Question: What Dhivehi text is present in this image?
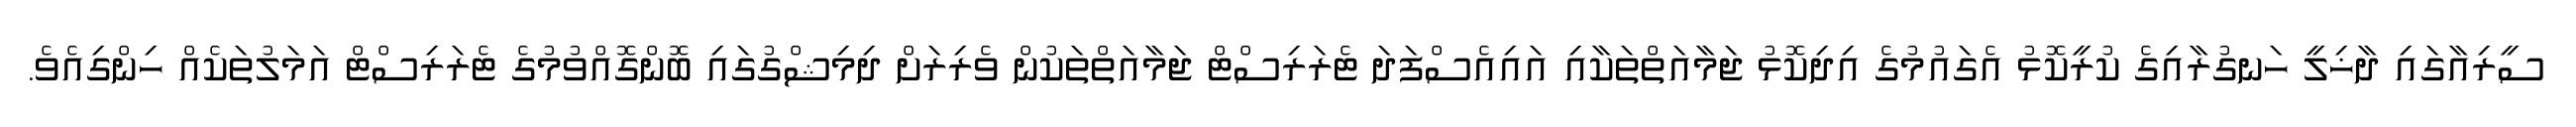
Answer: ސީރިއާގައި ދާޚިލީ ހަނގުރާއިގެ ކުރީކޮޅު އެގައުމުގެ އިދިކޮޅު ޖަމާއަތްތަކާއި އައިއެސްފަދަ ޓެރަރިސްޓް ޖަމާއަތްތަކުން ވެރިރަށް ދިމިޝްގުގައި ބޮންގޮއްވުމުގެ ޓެރަރިސްޓް އަމަލުތަކެއް ހިންގިއެވެ.